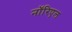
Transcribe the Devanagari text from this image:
नॉरिएल